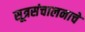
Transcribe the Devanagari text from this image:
सूत्रसंचालनाचे